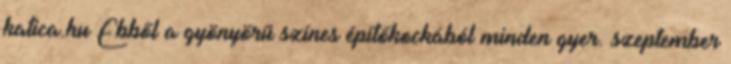
katica.hu Ebből a gyönyörű színes építőkockából minden gyer. szeptember